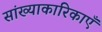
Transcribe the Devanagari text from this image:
सांख्याकारिकाएँ